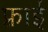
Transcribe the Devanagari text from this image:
फ़्राई